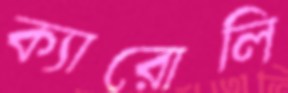
ক্যারোলি